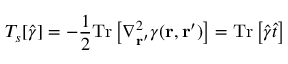
T _ { s } [ \hat { \gamma } ] = - \frac { 1 } { 2 } \mathrm { T r } \left[ \nabla _ { { \mathbf { r } ^ { \prime } } } ^ { 2 } \gamma ( { \mathbf { r } } , { \mathbf { r } ^ { \prime } } ) \right] = \mathrm { T r } \left[ \hat { \gamma } \hat { t } \right]